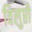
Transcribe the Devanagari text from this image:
विलुप्ती